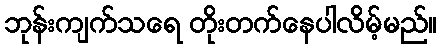
ဘုန်းကျက်သရေ တိုးတက်နေပါလိမ့်မည်။